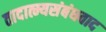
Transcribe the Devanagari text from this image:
तादात्म्यसंबंधवाद